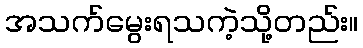
အသက်မွေးရသကဲ့သို့တည်း။